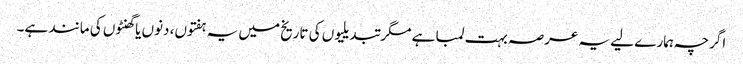
اگرچہ ہمارے لیے یہ عرصہ بہت لمبا ہے مگر تبدیلیوں کی تاریخ میں یہ ہفتوں، دنوں یا گھنٹوں کی مانند ہے۔